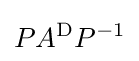
PA^{\text{D}}P^{-1}